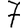
Digit: 7